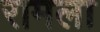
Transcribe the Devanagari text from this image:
रामला